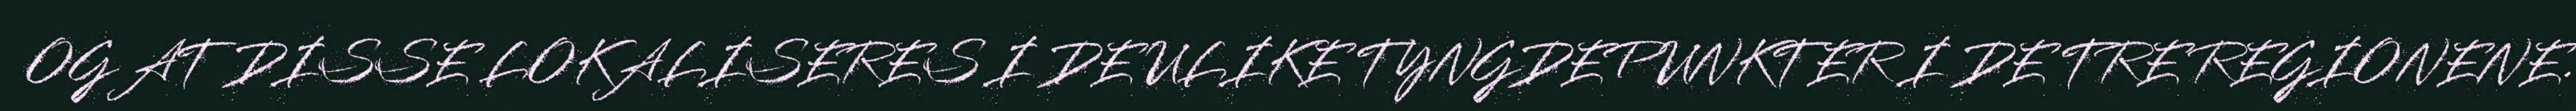
OG AT DISSE LOKALISERES I DE ULIKE TYNGDEPUNKTER I DE TRE REGIONENE.